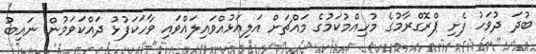
ބުދަ ދުވަހު ފެށި ޕްރޮގްރާމުގެ މުހިއްމުކަމުގެ މައްޗަށް އަލިއަޅުއްވައިލައްވައި ވާހަކަފުޅު ދައްކަވަމުން ނައިބު